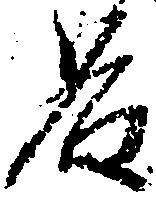
名